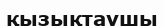
қызықтаушы